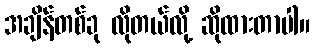
အချိန်တစ်ခု လိုတယ်လို့ ဆိုထားတာပါ။